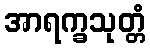
အာရက္ခသုတ္တံ